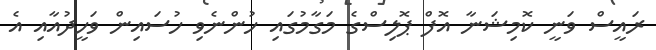
ރައީސް ވަނީ ކޮމިޝަނާ އޮފް ޕޮލިސްގެ މަގާމުގައި ހުންނެވި ހުސައިން ވަހީދުއާއި އެ